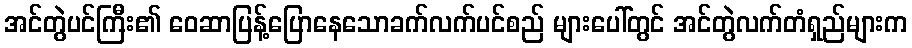
အင်တွဲပင်ကြီး၏ ဝေဆာပြန့်ပြောနေသောခက်လက်ပင်စည် များပေါ်တွင် အင်တွဲလက်တံရှည်များက